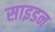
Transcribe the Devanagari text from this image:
साइडन